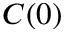
C ( 0 )